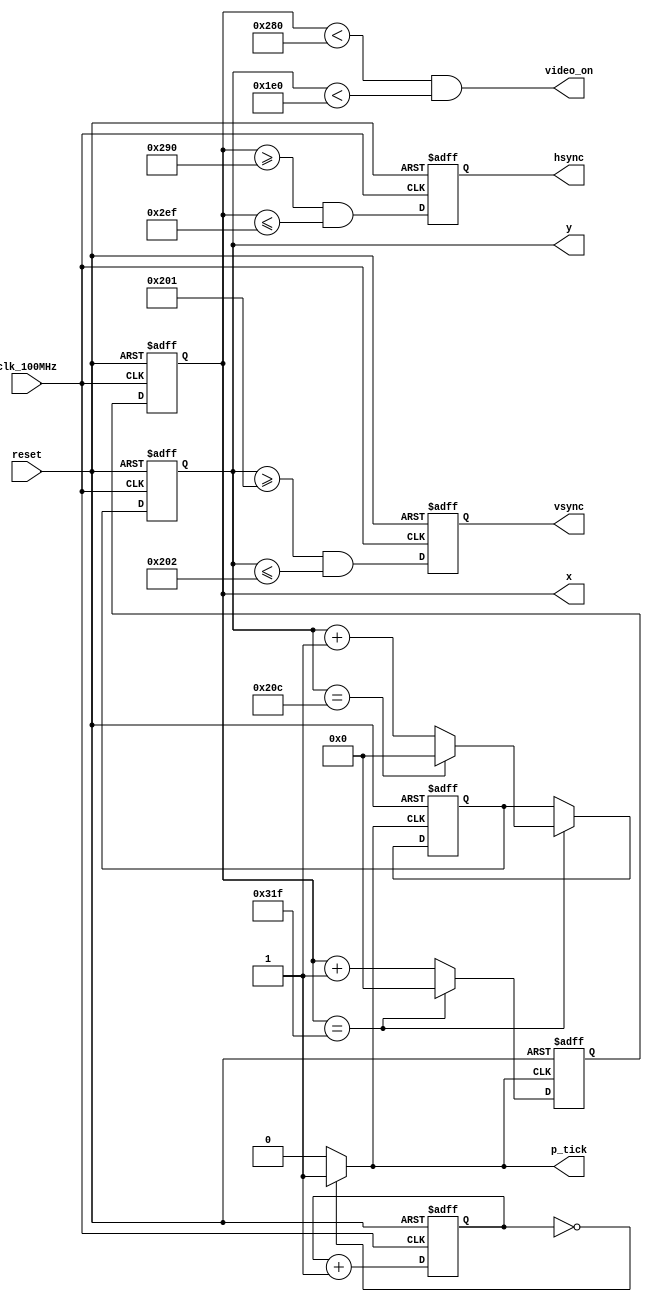
`timescale 1ns / 1ps
//////////////////////////////////////////////////////////////////////////////////
// Company: 
// Engineer: 
// 
// Design Name: 
// Module Name: vga_controller
// Project Name: 
// Target Devices: 
// Tool Versions: 
// Description: 
// 
// Dependencies: 
// 
// Revision:
// Revision 0.01 - File Created
// Additional Comments:
// 
//////////////////////////////////////////////////////////////////////////////////


module vga_controller(
    input clk_100MHz,   // from Basys 3
    input reset,        // system reset
    output video_on,    // ON while pixel counts for x and y and within display area
    output hsync,       // horizontal sync
    output vsync,       // vertical sync
    output p_tick,      // the 25MHz pixel/second rate signal, pixel tick
    output [9:0] x,     // pixel count/position of pixel x, max 0-799
    output [9:0] y      // pixel count/position of pixel y, max 0-524
    );
    
    // Based on VGA standards found at vesa.org for 640x480 resolution
    // Total horizontal width of screen = 800 pixels, partitioned  into sections
    parameter HD = 640;             // horizontal display area width in pixels
    parameter HF = 48;              // horizontal front porch width in pixels
    parameter HB = 16;              // horizontal back porch width in pixels
    parameter HR = 96;              // horizontal retrace width in pixels
    parameter HMAX = HD+HF+HB+HR-1; // max value of horizontal counter = 799
    // Total vertical length of screen = 525 pixels, partitioned into sections
    parameter VD = 480;             // vertical display area length in pixels 
    parameter VF = 10;              // vertical front porch length in pixels  
    parameter VB = 33;              // vertical back porch length in pixels   
    parameter VR = 2;               // vertical retrace length in pixels  
    parameter VMAX = VD+VF+VB+VR-1; // max value of vertical counter = 524   
    
    // *** Generate 25MHz from 100MHz *********************************************************
	reg  [1:0] r_25MHz;
	wire w_25MHz;
	
	always @(posedge clk_100MHz or posedge reset)
		if(reset)
		  r_25MHz <= 0;
		else
		  r_25MHz <= r_25MHz + 1;
	
	assign w_25MHz = (r_25MHz == 0) ? 1 : 0; // assert tick 1/4 of the time
    // ****************************************************************************************
    
    // Counter Registers, two each for buffering to avoid glitches
    reg [9:0] h_count_reg, h_count_next;
    reg [9:0] v_count_reg, v_count_next;
    
    // Output Buffers
    reg v_sync_reg, h_sync_reg;
    wire v_sync_next, h_sync_next;
    
    // Register Control
    always @(posedge clk_100MHz or posedge reset)
        if(reset) begin
            v_count_reg <= 0;
            h_count_reg <= 0;
            v_sync_reg  <= 1'b0;
            h_sync_reg  <= 1'b0;
        end
        else begin
            v_count_reg <= v_count_next;
            h_count_reg <= h_count_next;
            v_sync_reg  <= v_sync_next;
            h_sync_reg  <= h_sync_next;
        end
         
    //Logic for horizontal counter
    always @(posedge w_25MHz or posedge reset)      // pixel tick
        if(reset)
            h_count_next = 0;
        else
            if(h_count_reg == HMAX)                 // end of horizontal scan
                h_count_next = 0;
            else
                h_count_next = h_count_reg + 1;         
  
    // Logic for vertical counter
    always @(posedge w_25MHz or posedge reset)
        if(reset)
            v_count_next = 0;
        else
            if(h_count_reg == HMAX)                 // end of horizontal scan
                if((v_count_reg == VMAX))           // end of vertical scan
                    v_count_next = 0;
                else
                    v_count_next = v_count_reg + 1;
        
    // h_sync_next asserted within the horizontal retrace area
    assign h_sync_next = (h_count_reg >= (HD+HB) && h_count_reg <= (HD+HB+HR-1));
    
    // v_sync_next asserted within the vertical retrace area
    assign v_sync_next = (v_count_reg >= (VD+VB) && v_count_reg <= (VD+VB+VR-1));
    
    // Video ON/OFF - only ON while pixel counts are within the display area
    assign video_on = (h_count_reg < HD) && (v_count_reg < VD); // 0-639 and 0-479 respectively
            
    // Outputs
    assign hsync  = h_sync_reg;
    assign vsync  = v_sync_reg;
    assign x      = h_count_reg;
    assign y      = v_count_reg;
    assign p_tick = w_25MHz;
            
endmodule